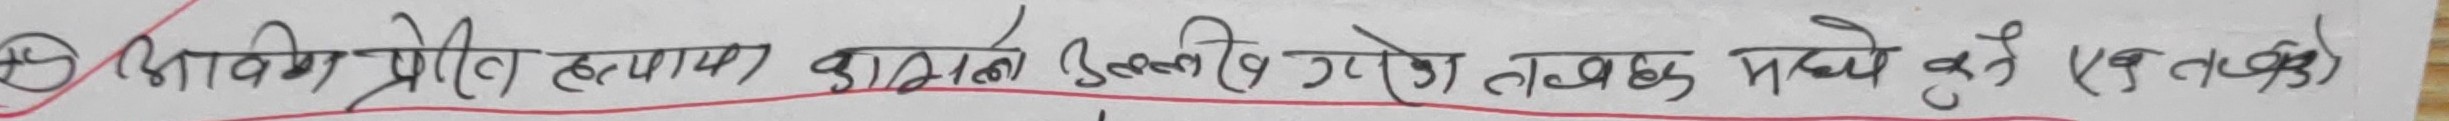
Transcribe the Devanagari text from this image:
विशेष प्रयोग हकमा) काठमाण्डौ उपत्यको तथ्याड्क मध्ये कुनै एक तथ्याङ्क)